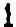
1